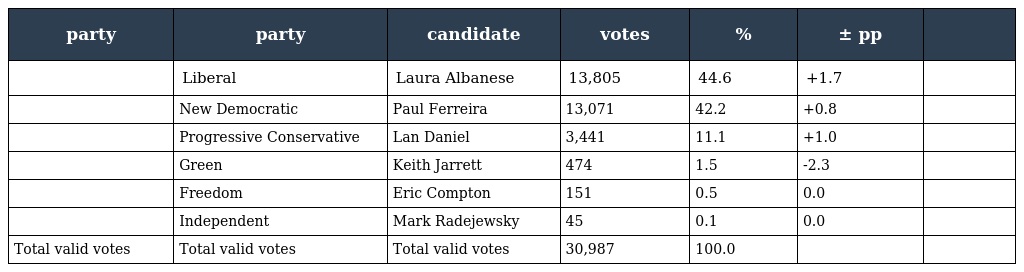
| party | party | candidate | votes | % | ± pp |  |
 | --- | --- | --- | --- | --- | --- | --- |
 |  | Liberal | Laura Albanese | 13,805 | 44.6 | +1.7 |  |
 |  | New Democratic | Paul Ferreira | 13,071 | 42.2 | +0.8 |  |
 |  | Progressive Conservative | Lan Daniel | 3,441 | 11.1 | +1.0 |  |
 |  | Green | Keith Jarrett | 474 | 1.5 | -2.3 |  |
 |  | Freedom | Eric Compton | 151 | 0.5 | 0.0 |  |
 |  | Independent | Mark Radejewsky | 45 | 0.1 | 0.0 |  |
 | Total valid votes | Total valid votes | Total valid votes | 30,987 | 100.0 |  |  |